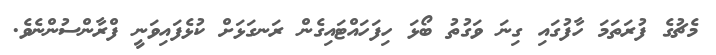
މެޗުގެ ފުރަތަމަ ހާފުގައި ގިނަ ވަގުތު ބޯޅަ ހިފަހައްޓައިގެން ރަނގަޅަށް ކުޅެފައިވަނީ ފްރާންސުންނެވެ.